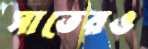
সাতেরও